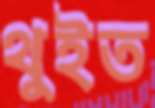
থুইত